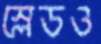
স্লেডও